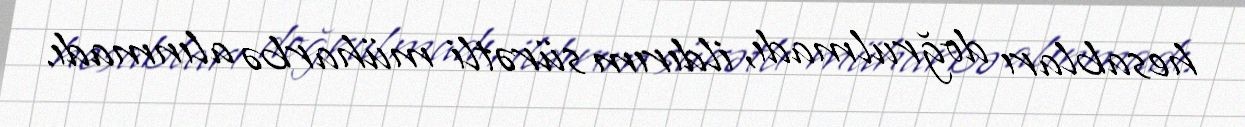
hesabları doğrulmadı, ildırım sürətli müharbə alınmadı.